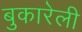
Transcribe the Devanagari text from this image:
बुकारेली